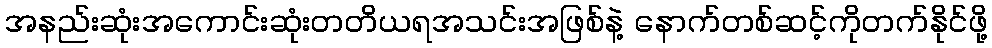
အနည်းဆုံးအကောင်းဆုံးတတိယရအသင်းအဖြစ်နဲ့ နောက်တစ်ဆင့်ကိုတက်နိုင်ဖို့